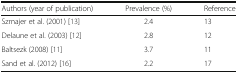
| Authors (year of publication) | Prevalence (%) | Reference |
 | --- | --- | --- |
 | Szmajer et al. (2001) [13] | 2.4 | 13 |
 | Delaune et al. (2003) [12] | 2.8 | 12 |
 | Baltsezk (2008) [11] | 3.7 | 11 |
 | Sand et al. (2012) [16] | 2.2 | 17 |